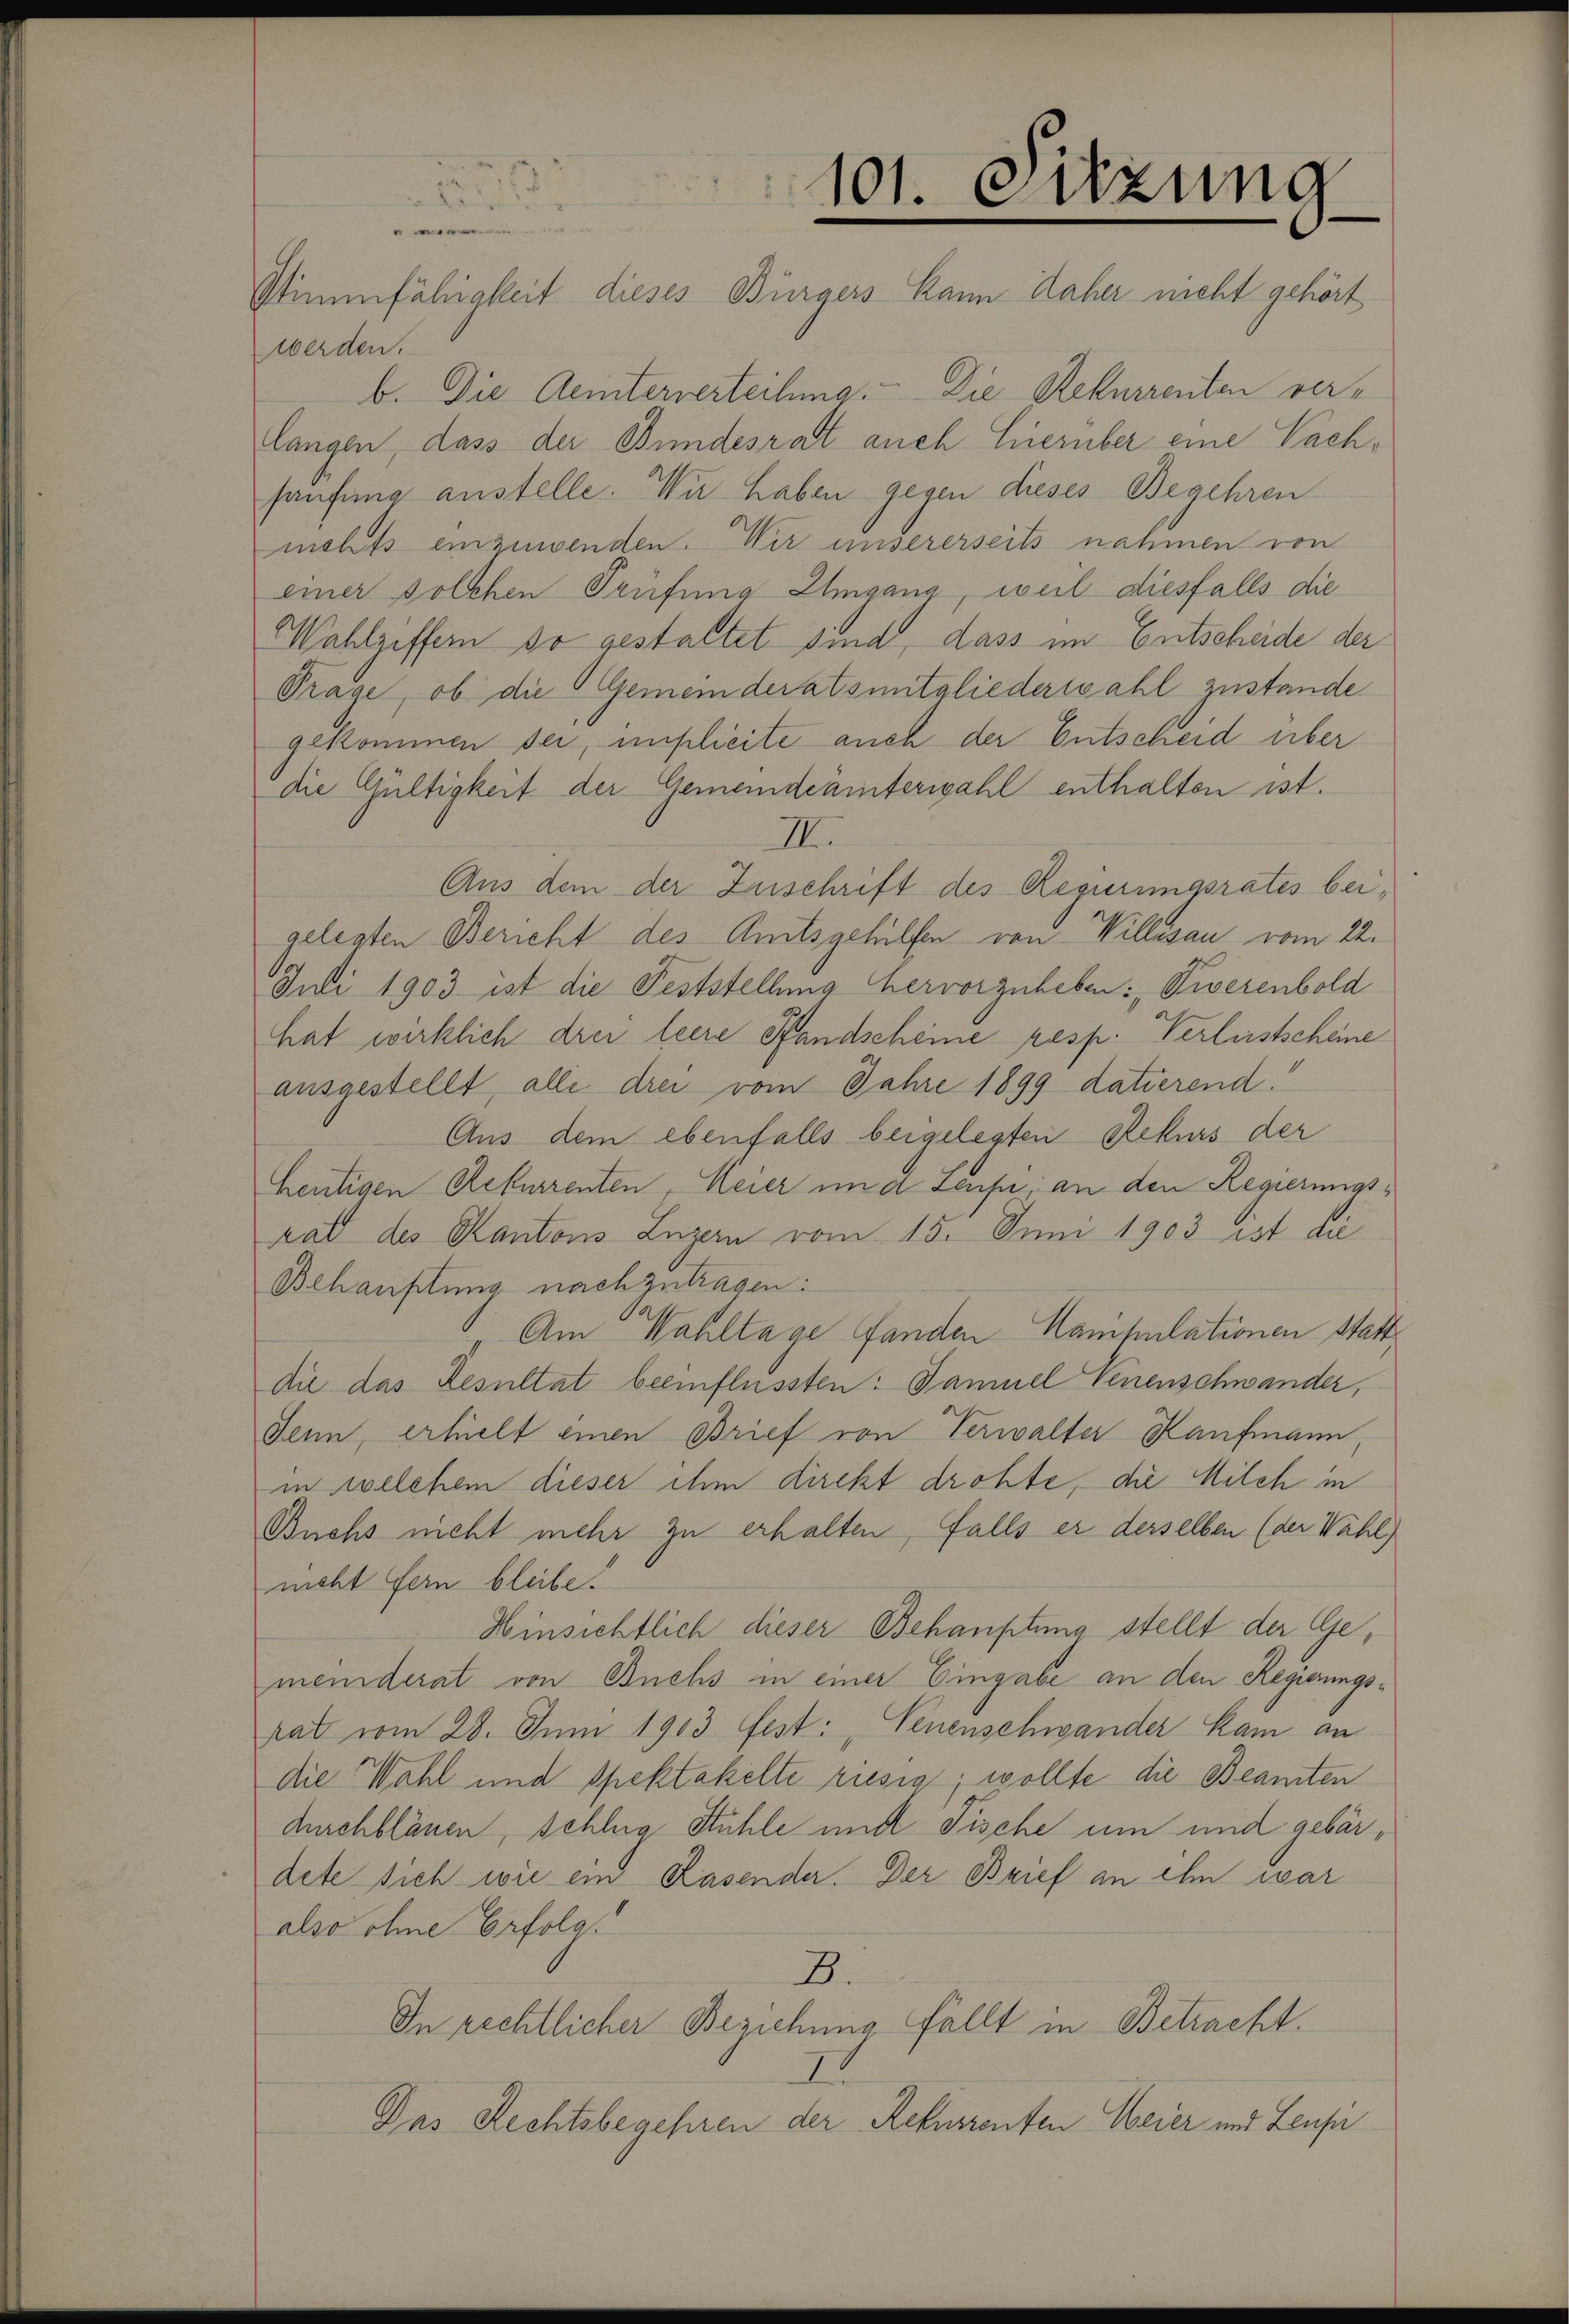
101. Sitzung
e
Stimmfähigkeit dieses Bürgers kann daher nicht gehört

werden.
b. Die Geinterverteilung. Die Rekurrenten verlangen, dass der Bundesrat auch hierüber eine Nachhaufung austelle. Wir haben gegen dieses Begehren
mehts einzuwenden. Wir unsererseits nahmen von
einer solchen Prüfung Umgang, weil diesfalls die
Wahlziffern so gestaltet sind, dass im Entscheide der
Trage, ob die Gemeinderatsmitgliederwahl zustande.
gekommen sei, inflieite auch der Entscheid über
die Gültigkeit der Gemeindeämterwahl enthalten ist.
III.
Aus dem der Zuschrift des Regierungsrates beigelesten Bericht des Amtsgehilfen von Willisau vom 22.
Juli 1903 ist die Feststellung hervorzuheben: „Siverenbold
hat wirklich drei leere Pfandscheine resp. Verleistscheine
ausgestellt, alle drei vom Jahre 1899 datierend!
Aus dem ebenfalls beigelegten Rekurs der
heutigen Rekurrenten, Meier und Leuse; an den Regierungshat des Kantons Luzern vom 15. Juni 1903 ist die
Behauptung nachzutragen:
Am Wahltage fanden Manipulationen Statt
die das Resultat beeinflussten: Samuel Venenschwander,
Denn erhielt einen Brief von Verwalter Kaufmann,
in welchem dieser ihm direkt drohte, die Milch in
Buchs nicht mehr zu erhalten, falls er derselben (der Wahl
nicht fern bleibe!
Hinsichtlich dieser Behauptung stellt der Gemeinderat von Buchs in einer Eingabe an den Regierungs-
rat vom 28. Juni 1903. fest: „Venenschwander kam an
die Wahl und spektakelte riesig; wollte die Beamten
durchblänen, schlug Stühle und Fische um und gebärdete sich wie ein Rasender. Der Brief an ihm war
also ohne Erfol
B.
In rechtlicher Beziehung fällt in Betracht.
Das Rechtsbegehren der Rekurrenten Weier und Leusi